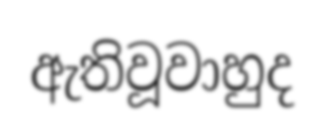
ඇතිවූවාහුද